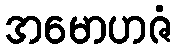
အမောဟဇံ